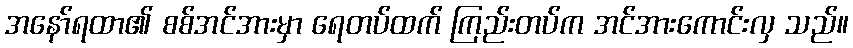
အနော်ရထာ၏ စစ်အင်အားမှာ ရေတပ်ထက် ကြည်းတပ်က အင်အားကောင်းလှ သည်။